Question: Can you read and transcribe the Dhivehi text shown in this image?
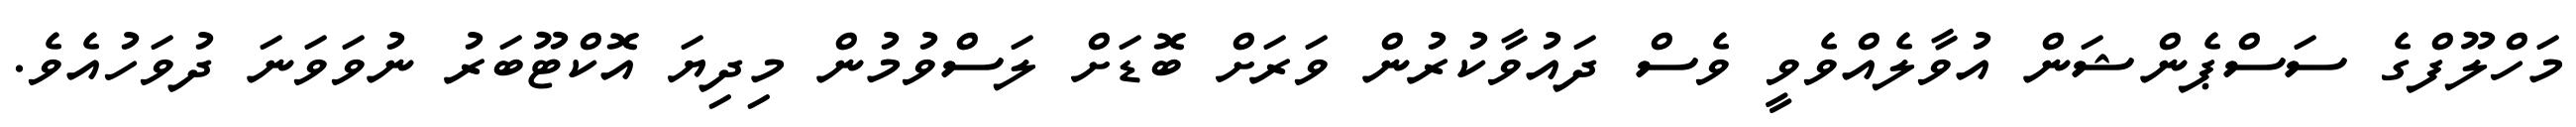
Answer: މަހްލޫފްގެ ސަސްޕެންޝަން އުވާލެއްވެވީ ވެސް ދައުވާކުރުން ވަރަށް ބޮޑަށް ލަސްވުމުން މިދިޔަ އޮކްޓޫބަރު ނުވަވަނަ ދުވަހުއެވެ.